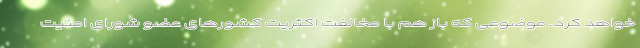
خواهد کرد. موضوعی که باز هم با مخالفت اکثریت کشورهای عضو شورای امنیت